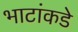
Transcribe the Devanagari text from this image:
भाटांकडे